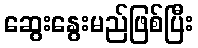
ဆွေးနွေးမည်ဖြစ်ပြီး